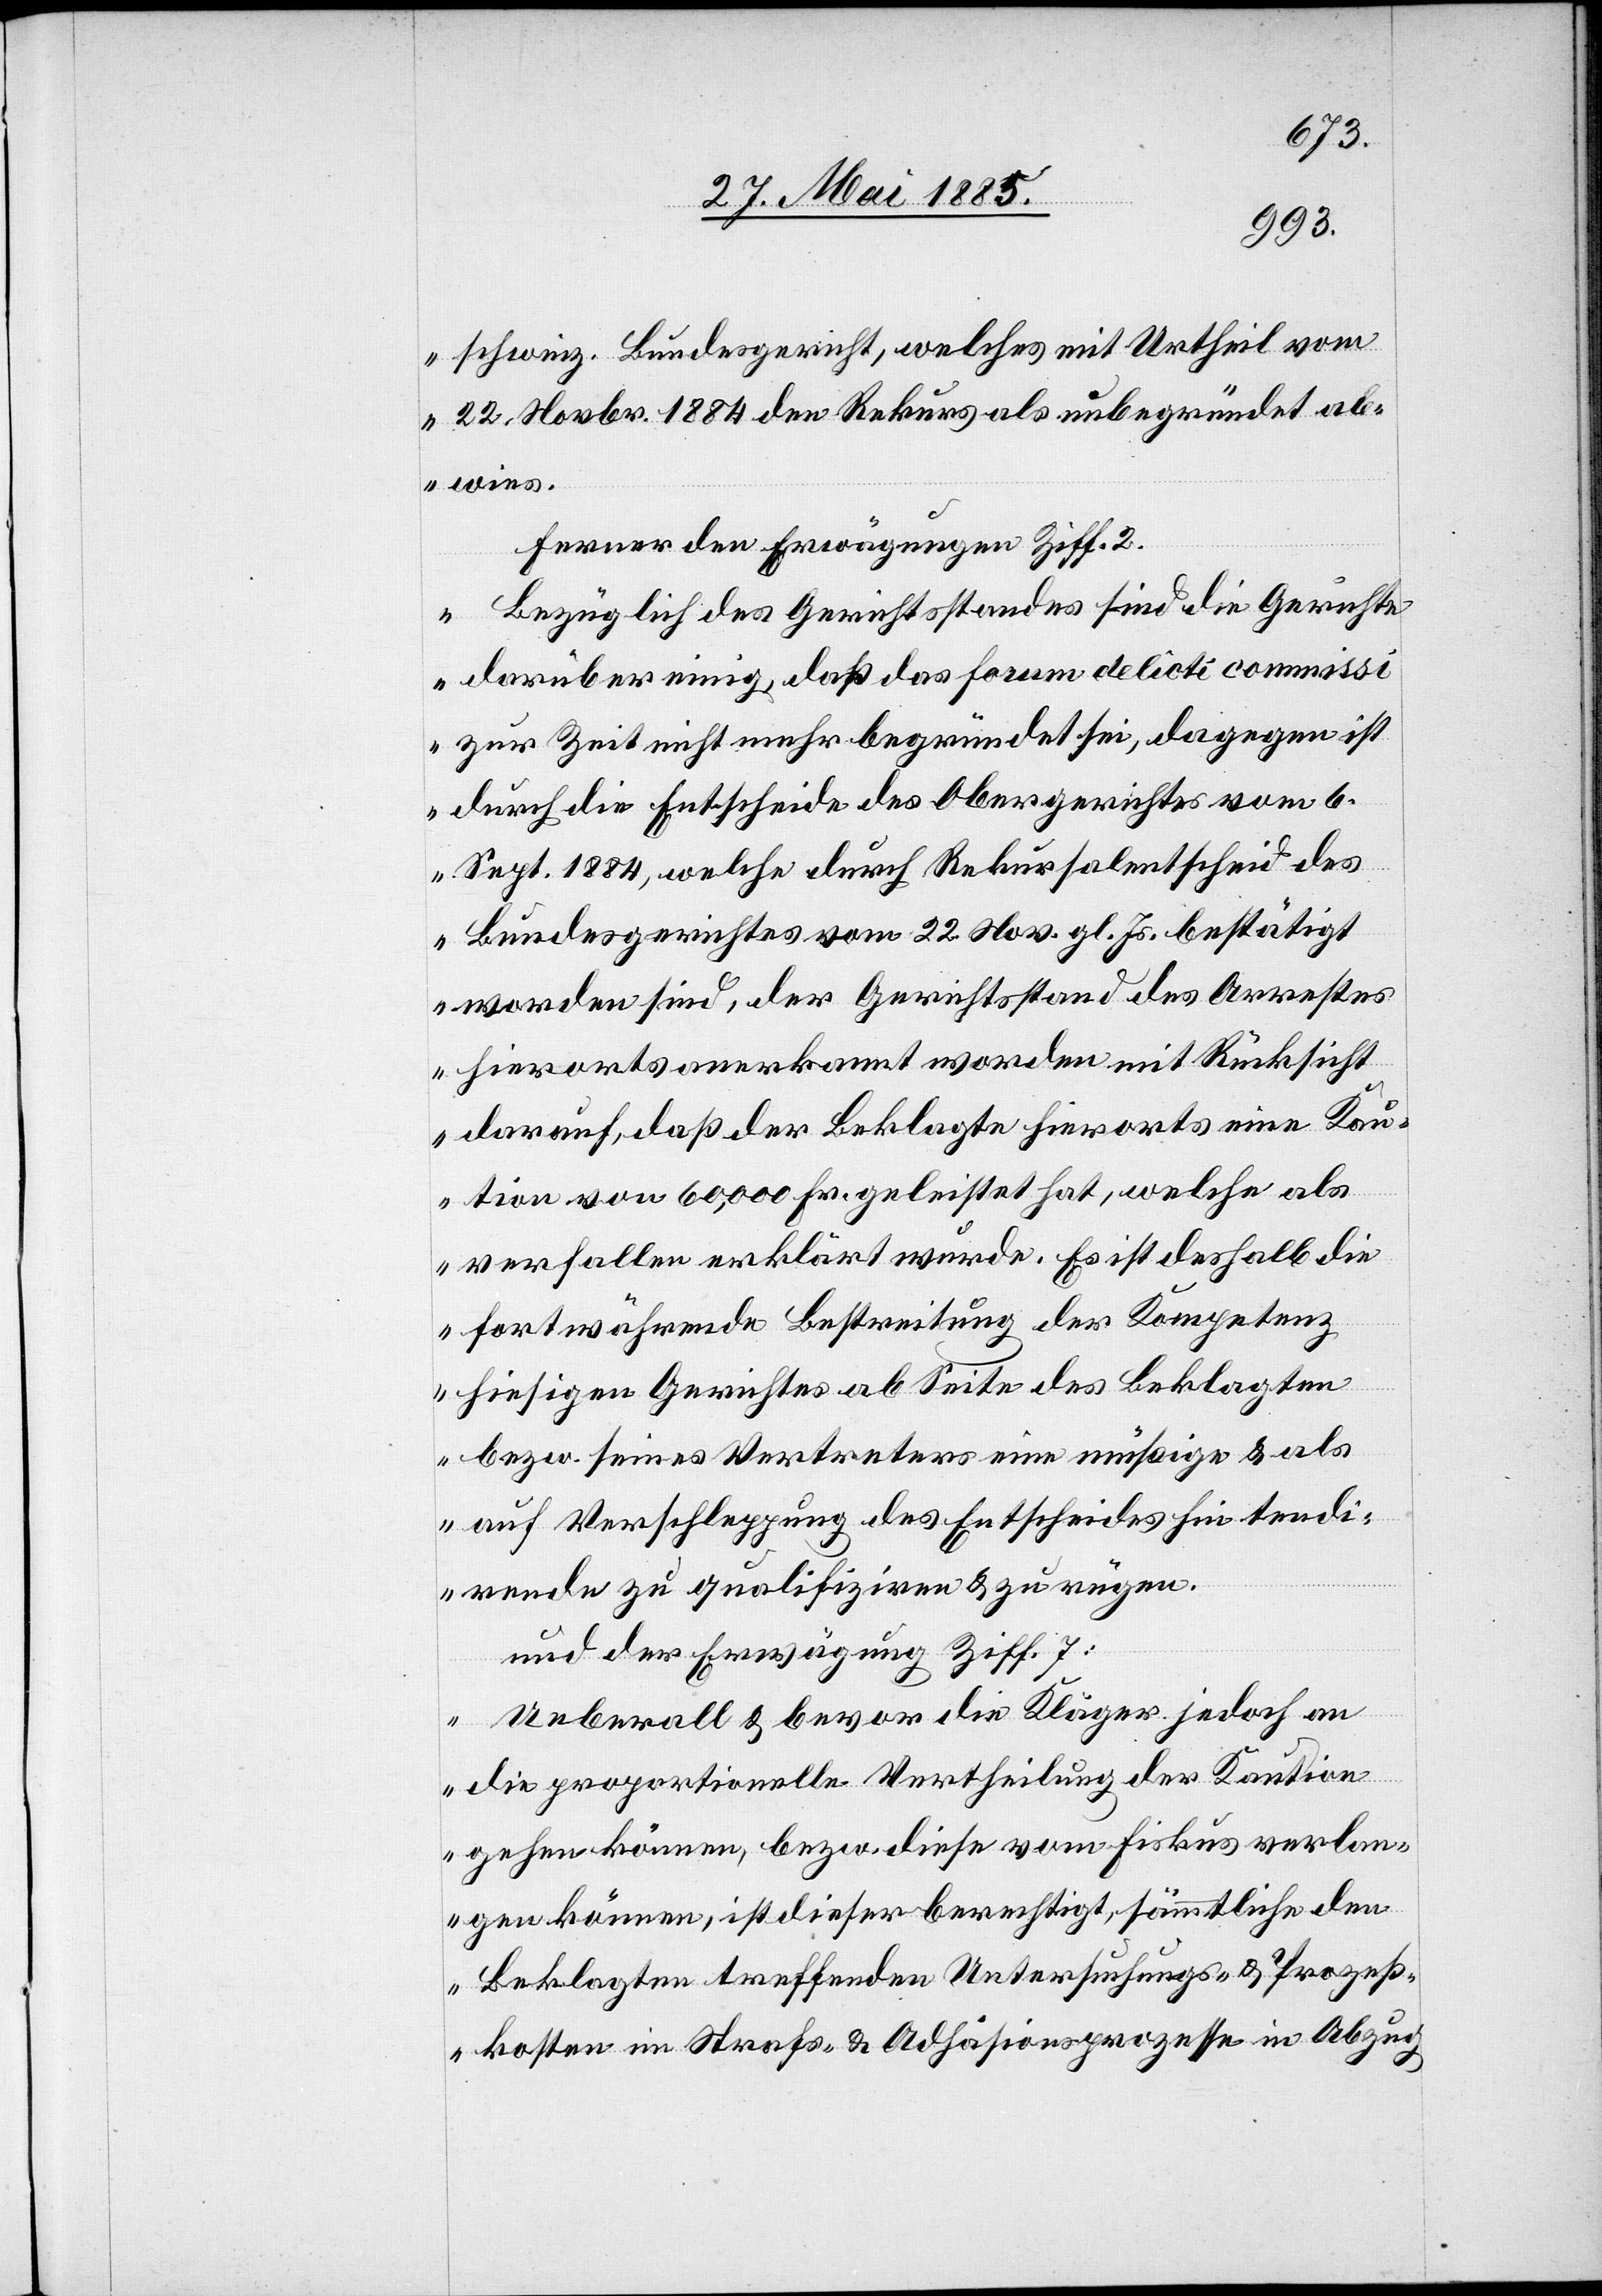
schweiz. Bundesgericht, welches mit Urtheil vom
22. Novbr. 1884 den Rekurs als unbegründet ab¬
wies.
Ferner den Erwägungen Ziff. 2:
Bezüglich des Gerichtsstandes sind die Gerichte
darüber einig, daß das forum delicti commissi
zur Zeit nicht mehr begründet sei, dagegen ist
durch die Entscheide des Obergerichtes vom 6.
Sept. 1884, welche durch Rekursalentscheid des
Bundesgerichtes vom 22. Nov. gl. Js. bestätigt
worden sind, der Gerichtsstand des Arrestes
hierorts anerkannt worden mit Rücksicht
darauf, daß der Beklagte hierorts eine Kau¬
tion von 60,000 Fr. geleistet hat, welche als
verfallen erklärt wurde. Es ist deshalb die
fortwährende Bestreitung der Kompetenz
hiesigen Gerichtes ab Seite des Beklagten
bezw. seines Vertreters eine müßige & als
auf Verschleppung des Entscheides hin tendi¬
rende zu qualifiziren & zu rügen.
Und der Erwägung Ziff. 7:
Ueberall & bevor die Kläger jedoch an
die proportionelle Vertheilung der Kaution
gehen können, bezw. diese vom Fiskus verlan¬
gen können, ist dieser berechtigt, sämmtliche den
Beklagten treffenden Untersuchungs- & Prozeß¬
kosten im Strafs- & Adhäsionsprozesse in Abzug